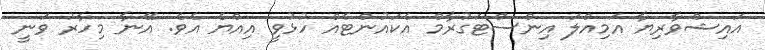
އައިޝްވާރިޔާ އަމިއްލަ އިންސްޓަގުރާމް އެކައުންޓެއް ހުޅުވީ އިއްޔެ އެވެ. އޭނާ މިހާރު ވަނީ